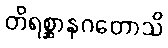
တိရစ္ဆာနဂတောသိ